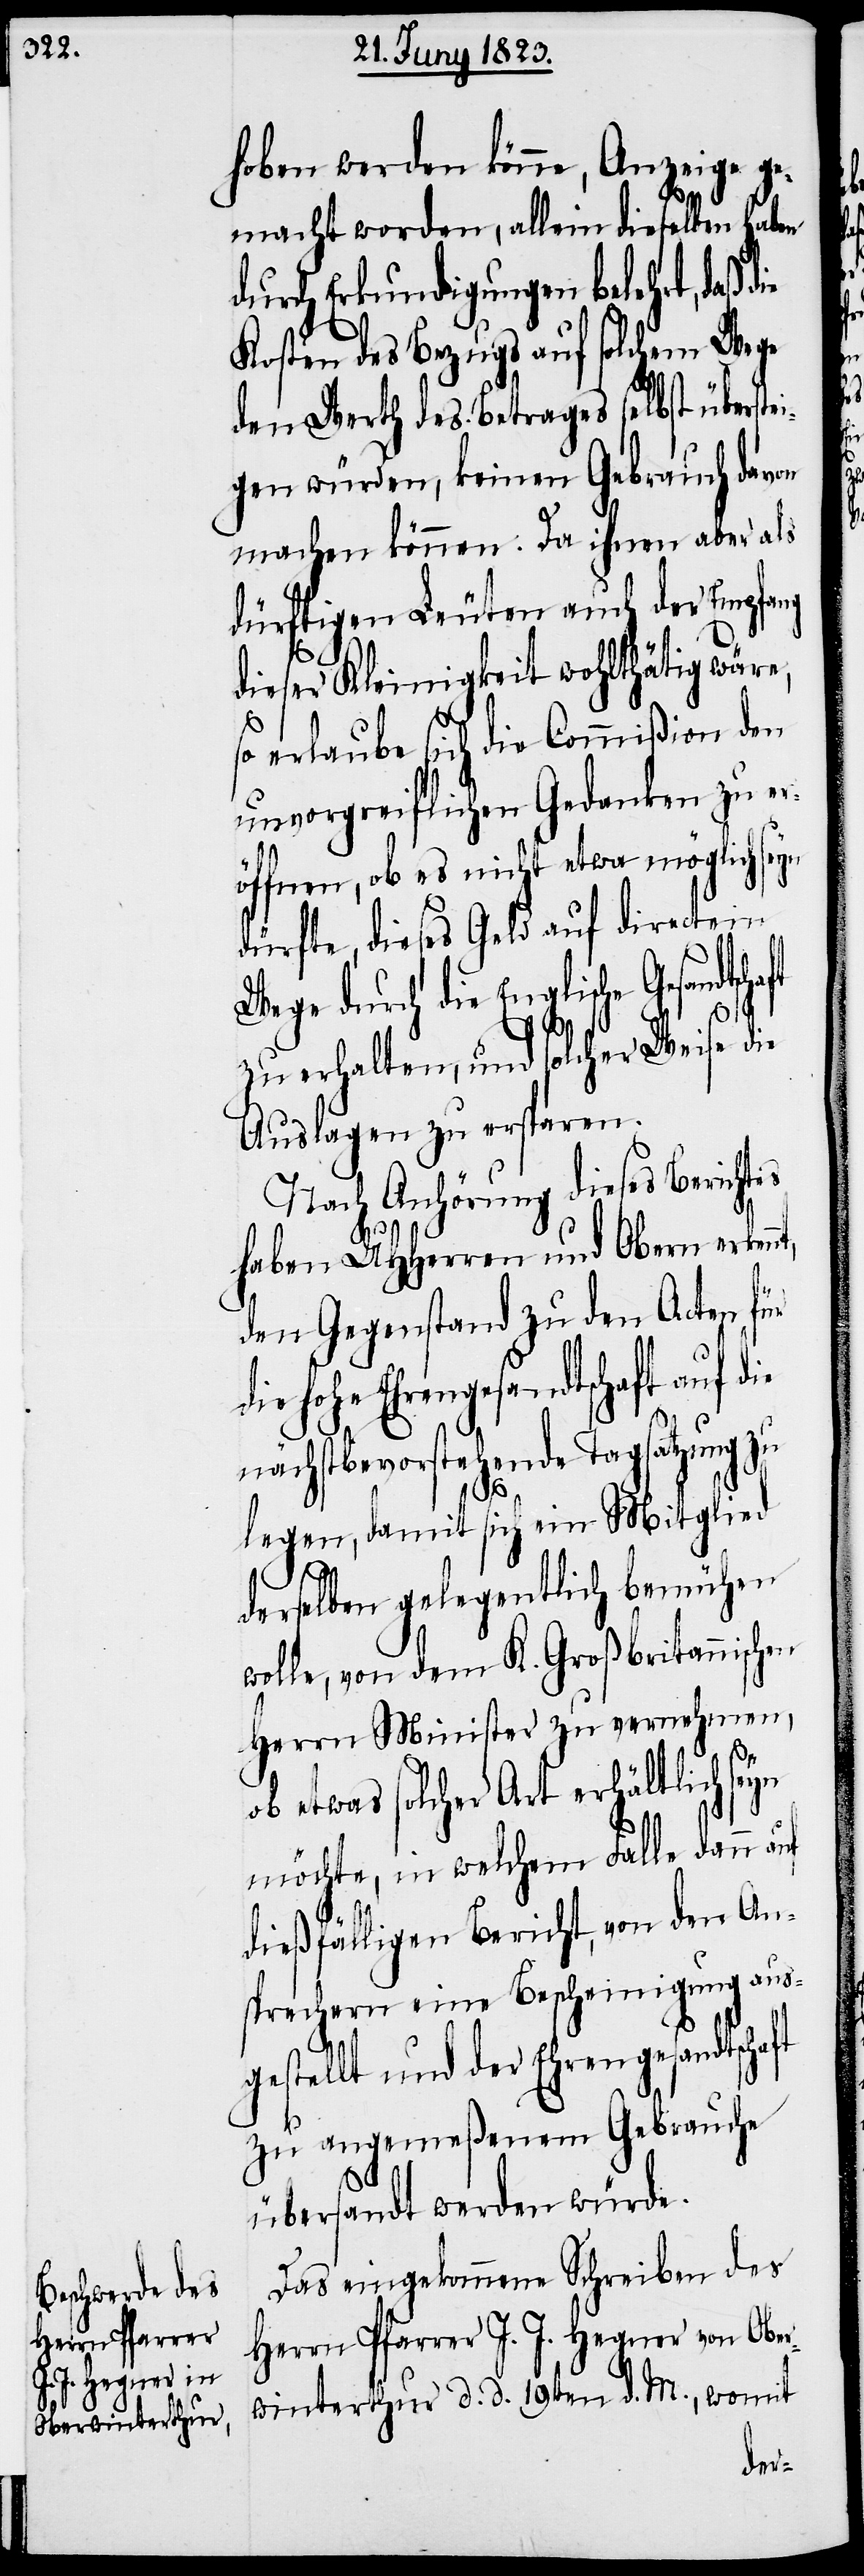
hoben werden könne, Anzeige ge¬
macht worden, allein dieselben haben
durch Erkundigungen belehrt, daß d¬
Kosten des Bezugs auf solchem Wege
den Werth des Betrages selbst überst¬
gen würden, keinen Gebrauch davon
machen können. Da ihnen aber als
dürftigen Leuten auch der Empfang
dieser Kleinigkeit wohlthätig wäre,
so erlaube sich die Commißion den
unvorgreiflichen Gedanken zu er¬
öffnen, ob es nicht etwa möglich
dürfte, dieses Geld auf directem
Wege durch die Englische
zu erhalten, und solcher Weise die
Auslagen zu ersparen.
Nach Anhörung dieses Berichtes
haben UHHerren und Obern erken¬
den Gegenstand zu den Acten für
die hohe Ehrengesandtschaft auf d¬
nächstbevorstehende Tagsatzung zu
ie
legen, damit sich ein Mitglied
derselben gelegentlich bemühen
wolle, von dem K. Großbritannischen
Herrn Minister zu vernehmen,
ob etwas solcher Art erhältlich seyn
möchte, in welchem Falle dann
dießfälligen Bericht, von den An¬
sprechern eine Bescheinigung aus¬
gestellt und der Ehrengesandtschaft
zu angemeßenem Gebrauche
übersandt werden würde.
Das eingekommene Schreiben des
Herrn Pfarrer J. J. Hegner von Ober¬
winterthur d. d. 19ten d. M., womit